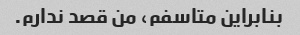
بنابراین متاسفم، من قصد ندارم.